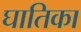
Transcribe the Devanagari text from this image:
घातिका